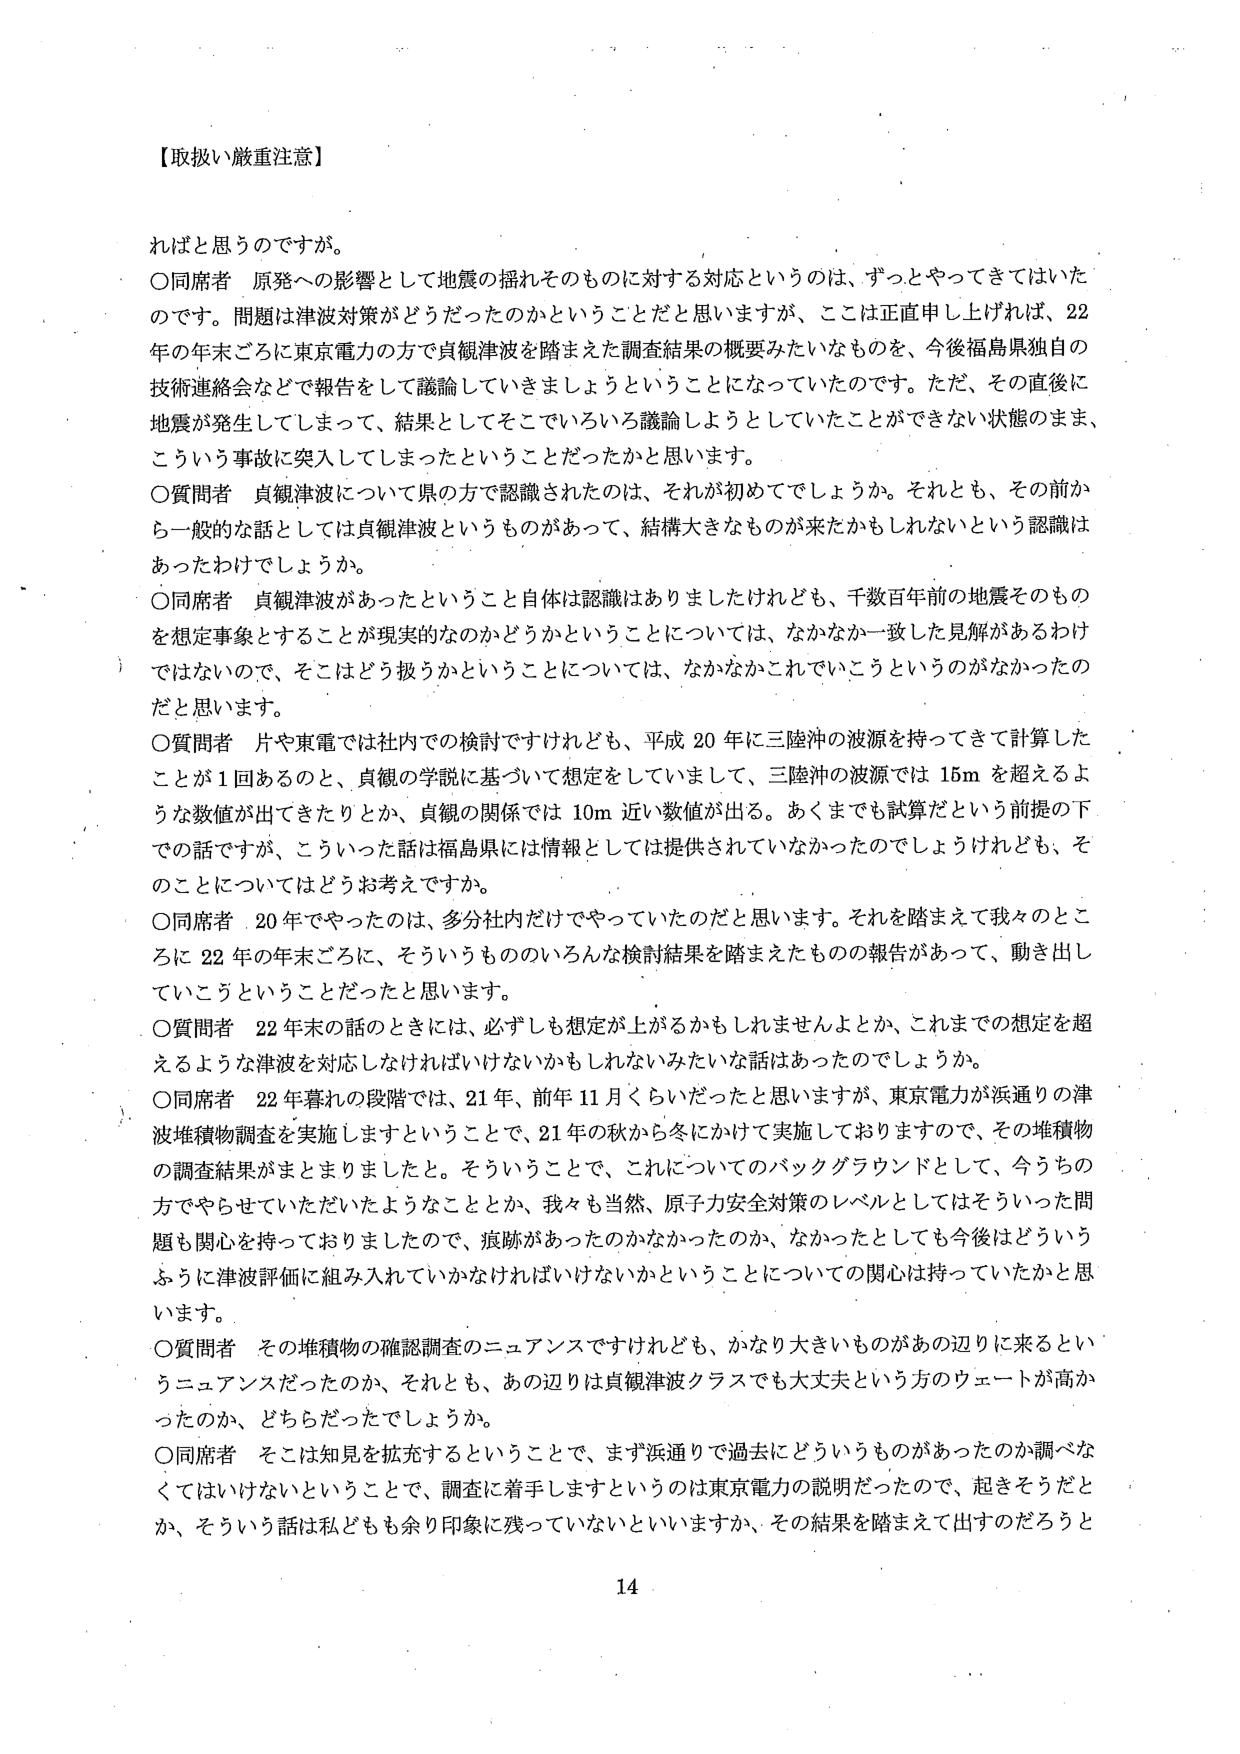
【取扱い厳重注意】

ればと思うのですが。

○同席者　原発への影響として地震の揺れそのものに対する対応というのは、ずっとやってきてはいたのです。問題は津波対策がどうだったのかということだと思いますが、ここは正直申し上げれば、22年の年末ごろに東京電力の方で貞観津波を踏まえた調査結果の概要みたいなものを、今後福島県独自の技術連絡会などで報告をして議論していきましょうということになっていたのです。ただ、その直後に地震が発生してしまって、結果としてそこでいろいろ議論しようとしていたことができない状態のまま、こういう事故に突入してしまったということだったかと思います。

○質問者　貞観津波について県の方で認識されたのは、それが初めてでしょうか。それとも、その前から一般的な話としては貞観津波というものがあって、結構大きなものが来たかもしれないという認識はあったわけでしょうか。

○同席者　貞観津波があったということ自体は認識はありましたけれども、千数百年前の地震そのものを想定事象とすることが現実的なのかどうかということについては、なかなか一致した見解があるわけではないので、そこはどう扱うかということについては、なかなかこれでいこうというのがなかったのだと思います。

○質問者　片や東電では社内での検討ですけれども、平成20年に三陸沖の波源を持ってきて計算したことが1回あるのと、貞観の学説に基づいて想定をしていまして、三陸沖の波源では15mを超えるような数値が出てきたりとか、貞観の関係では10m近い数値が出る。あくまでも試算だという前提下での話ですが、こういった話は福島県には情報としては提供されていなかったのでしょうかけれども、そのことについてはどうお考えですか。

○同席者　20年でやったのは、多分社内だけでやっていたのだと思います。それを踏まえて我々のところに22年の年末ごろに、そういうもののいろんな検討結果を踏まえたものの報告があって、動き出しているということだったと思います。

○質問者　22年末の話のときには、必ずしも想定が上がるかもしれませんよとか、これまでの想定を超えるような津波を対応しなければいけないかもしれないみたいな話はあったのでしょうか。

○同席者　22年暮れの段階では、21年、前年11月くらいだったと思いますが、東京電力が浜通りの津波堆積物調査を実施しますということで、21年の秋から冬にかけて実施しておりますので、その堆積物の調査結果がまとまりましたと。そういうことで、これについてのバックグラウンドとして、今うちの方でやらせていただいたようなこととか、我々も当然、原子力安全対策のレベルとしてはそういった問題も関心を持っておりましたので、痕跡があったのかなかったのか、なかったとしても今後はどういうふうに津波評価に組み入れていかなければいけないかということについての関心は持っていたかと思います。

○質問者　その堆積物の確認調査のニュアンスですけれども、かなり大きいものがあの辺りに来るというニュアンスだったのか、それとも、あの辺りは貞観津波クラスでも大丈夫という方のウェートが高かったのか、どちらだったでしょうか。

○同席者　そこは知見を拡充するということで、まず浜通りで過去にどういうものがあったのか調べなくてはいけないということで、調査に着手しますというのは東京電力の説明だったので、起きそうだとか、そういう話は私どもも余り印象に残っていないといいますか、その結果を踏まえて出すのだろうと

14